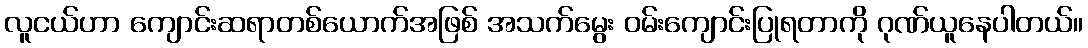
လူငယ်ဟာ ကျောင်းဆရာတစ်ယောက်အဖြစ် အသက်မွေး ဝမ်းကျောင်းပြုရတာကို ဂုဏ်ယူနေပါတယ်။